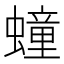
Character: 𧑆